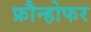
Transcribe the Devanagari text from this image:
फ्रौन्होफर